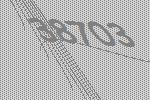
38703